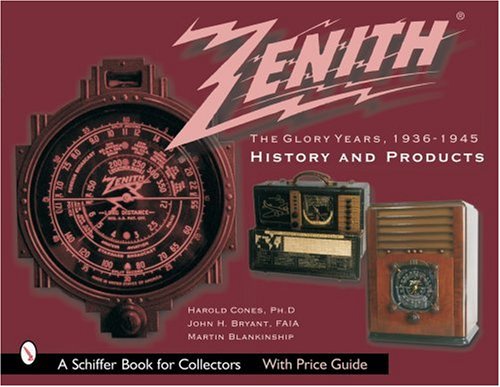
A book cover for Zenith Radio, The Glory Years, 1936-1945: History and Products (A Schiffer Book for Collectors); Harold N. Cones; Humor & Entertainment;